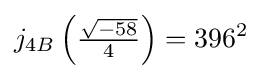
j_{4B}\left({\tfrac {\sqrt {-58}}{4}}\right)=396^{2}